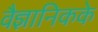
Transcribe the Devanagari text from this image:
वैज्ञानिकके